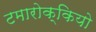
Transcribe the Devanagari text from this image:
टमारोक्कियो